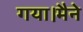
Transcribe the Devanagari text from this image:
गया।मैने